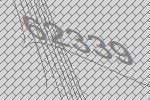
62339